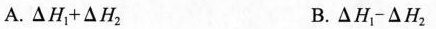
A. $$△ H _ { 1 } + △ H _ { 2 }$$ $$B. △ H _ { 1 } - △ H _ { 2 }$$